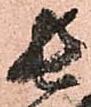
長